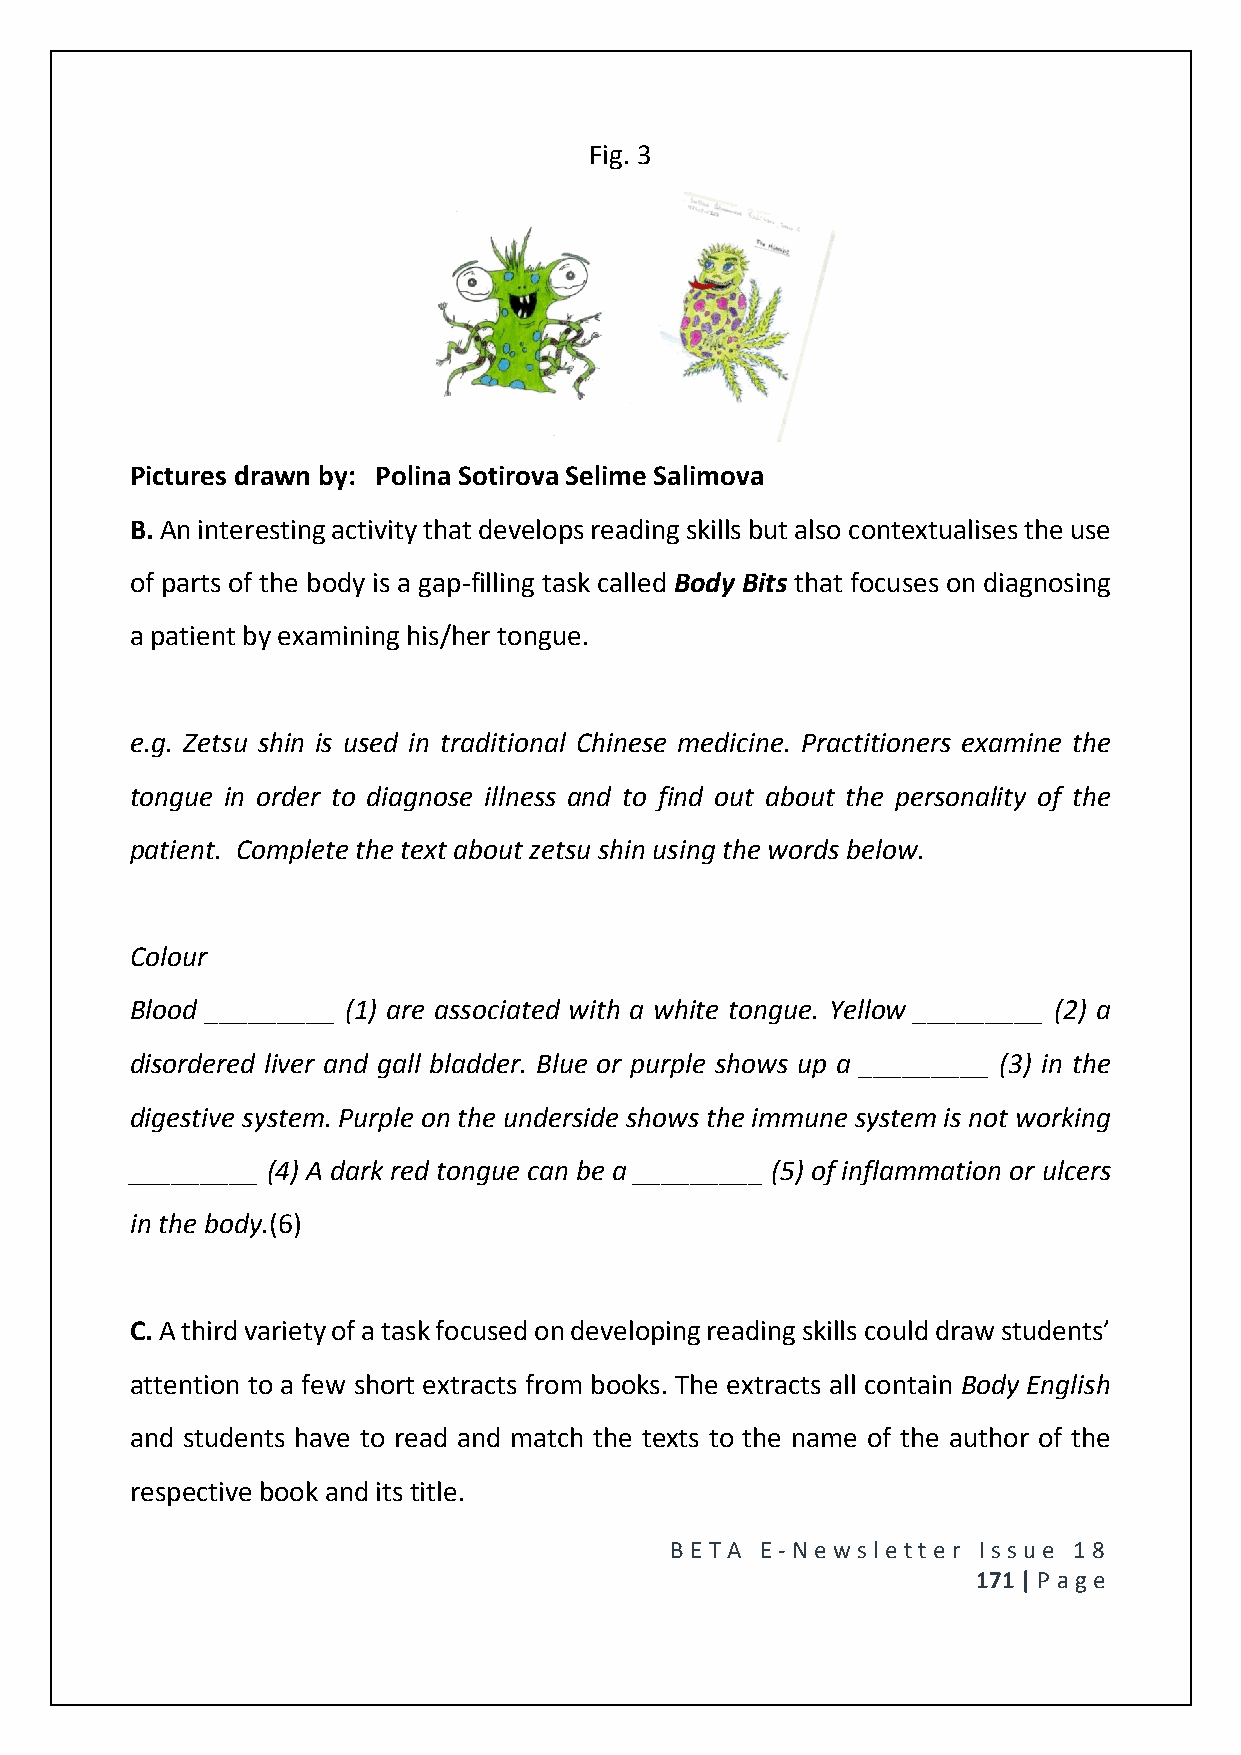
Fig. 3
 Pictures drawn by: Polina Sotirova Selime Salimova
 B. An interesting activity that develops reading skills but also contextualises the use
 of parts of the body is a gap-filling task called Body Bits that focuses on diagnosing
 a patient by examining his/her tongue.
 e.g. Zetsu shin is used in traditional Chinese medicine. Practitioners examine the
 tongue in order to diagnose illness and to find out about the personality of the
 patient. Complete the text about zetsu shin using the words below.
 Colour
 Blood _________ (1) are associated with a white tongue. Yellow _________ (2) a
 disordered liver and gall bladder. Blue or purple shows up a _________ (3) in the
 digestive system. Purple on the underside shows the immune system is not working
 _________ (4) A dark red tongue can be a _________ (5) of inflammation or ulcers
 in the body.(6)
 C. A third variety of a task focused on developing reading skills could draw students’
 attention to a few short extracts from books. The extracts all contain Body English
 and students have to read and match the texts to the name of the author of the
 respective book and its title.
 BE T A E -N e wsle tt e r Issue 18
 171 | P age